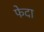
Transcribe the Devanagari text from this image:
फेदा